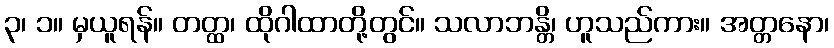
၃၊ ၁။ မှယူရန်။ တတ္ထ၊ ထိုဂါထာတို့တွင်။ သလာဘန္တိ၊ ဟူသည်ကား။ အတ္တနော၊